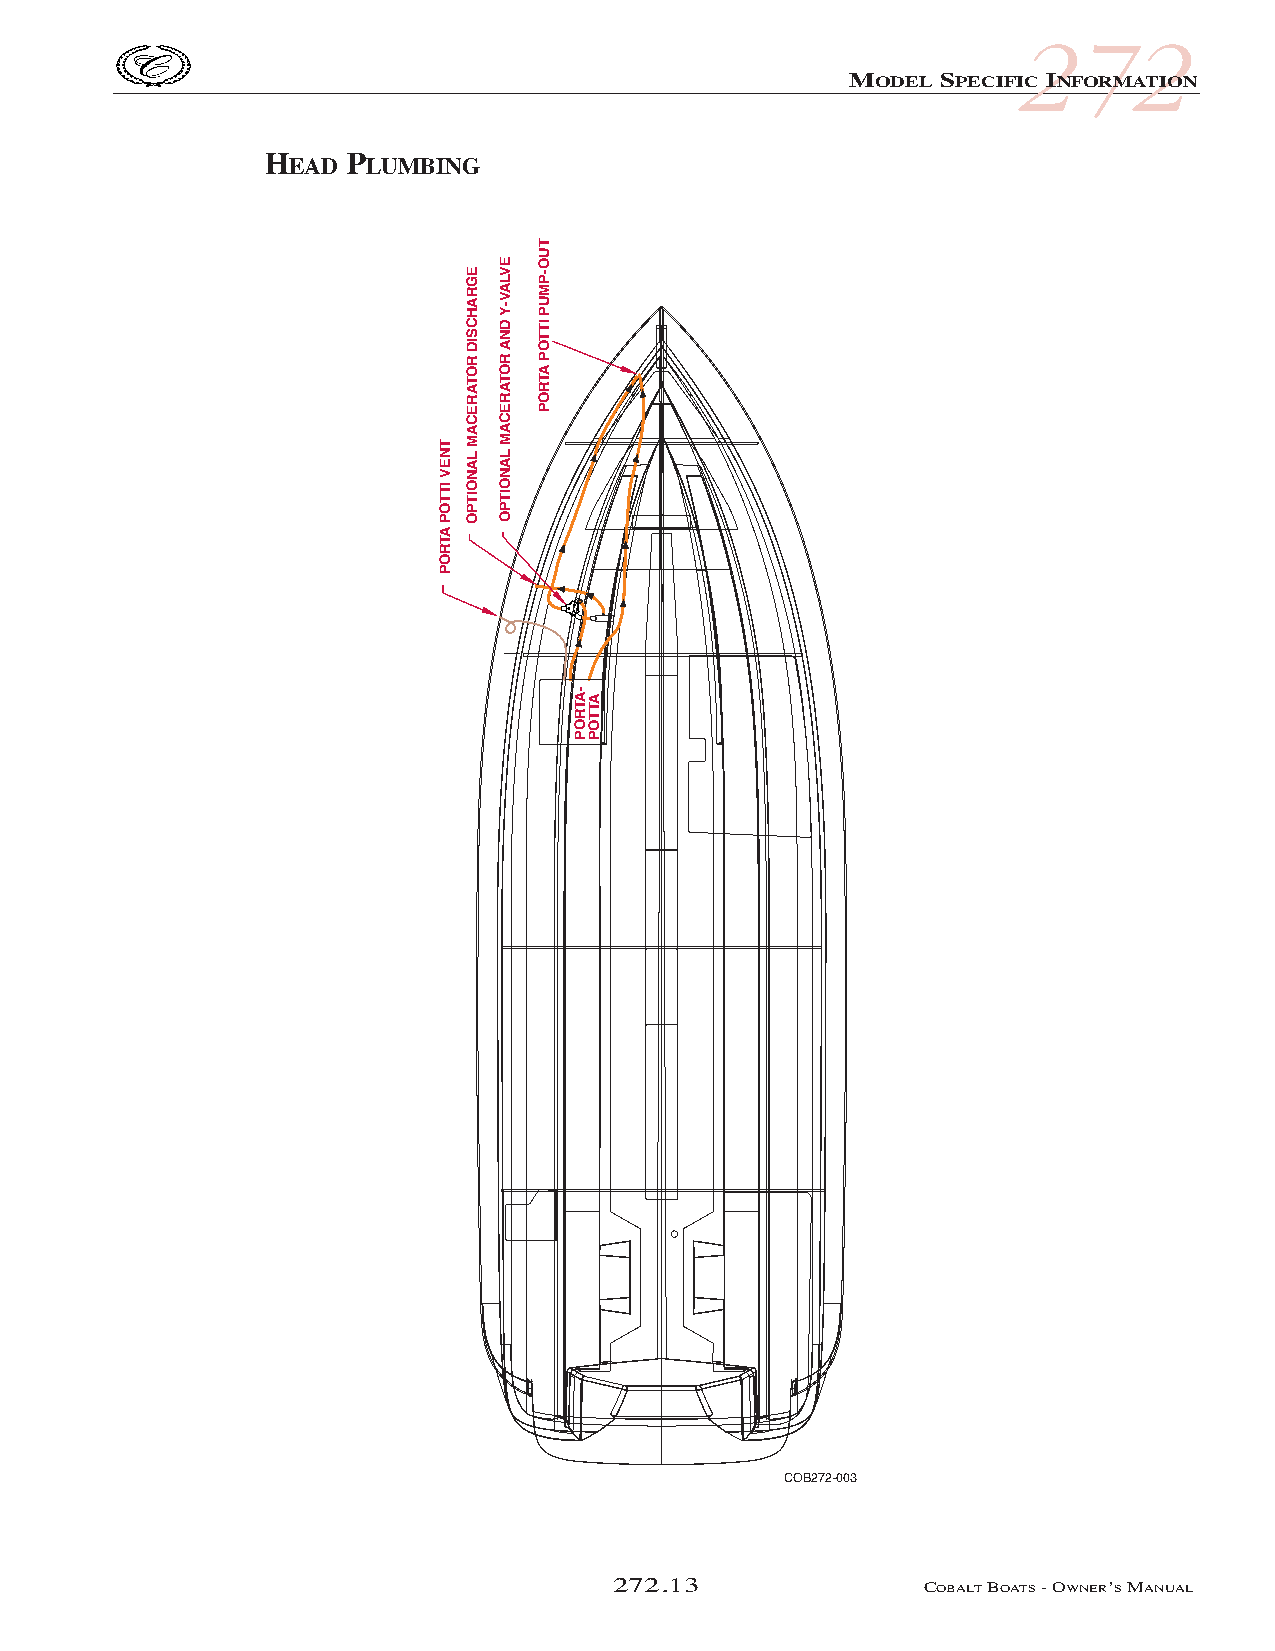
COB_05 Sect 272.qxd 3/18/05 9:29 AM Page 272.13
 272
 MODEL SPECIFIC INFORMATION
 HEAD PLUMBING
 COB272-003
 272.13               COBALTBOATS- OWNER’SMANUAL
 TNEV
 ITTOP
 ATROP
 EGRAHCSID
 ROTARECAM
 LANOITPO
 EVLAV-Y
 DNA
 ROTARECAM
 LANOITPO
 TUO-PMUP
 ITTOP
 ATROP
 -ATROP
 ATTOP